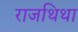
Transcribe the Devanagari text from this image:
राजथिथा